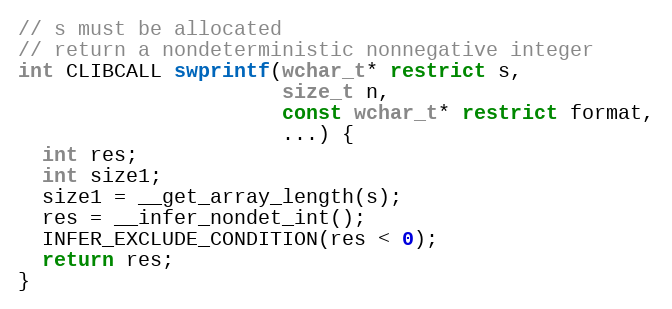
Language: C
// s must be allocated
// return a nondeterministic nonnegative integer
int CLIBCALL swprintf(wchar_t* restrict s,
                      size_t n,
                      const wchar_t* restrict format,
                      ...) {
  int res;
  int size1;
  size1 = __get_array_length(s);
  res = __infer_nondet_int();
  INFER_EXCLUDE_CONDITION(res < 0);
  return res;
}